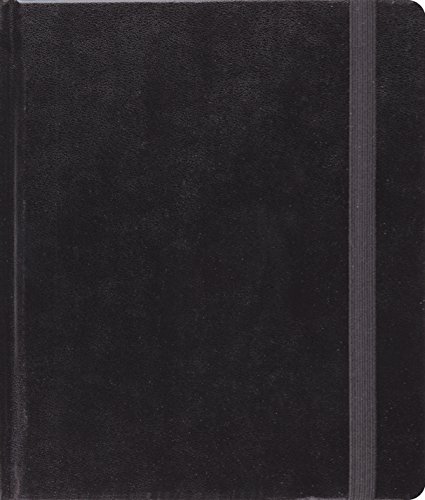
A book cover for The Holy Bible: English Standard Version, Journaling Bible (Original, Black); ESV Bibles by Crossway; Christian Books & Bibles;